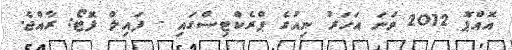
އޮއްޕޮ 2012 ވަނަ އަހަރު ނިއުގެ ޕްރެކްޓިސްގައި - ފައިލް ފޮޓޯ: ރާއްޖެ.